Lunatic asylums Burma 1907-21 - 1907-1921
Year: 1907
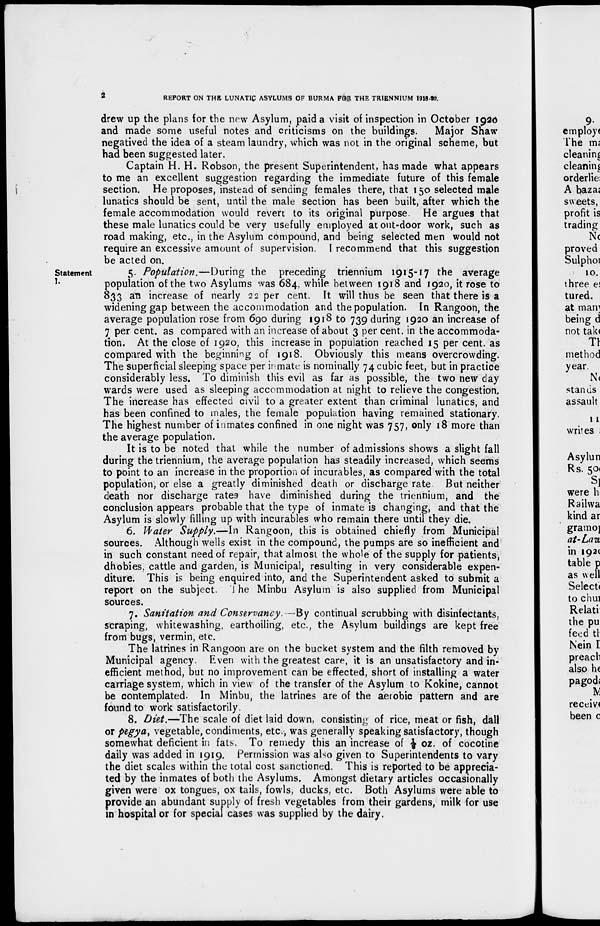
2
REPORT ON THE LUNATIC ASYLUMS OF BURMA FOR THE TRIENNIUM 1918-20.
drew up the plans for the new Asylum, paid a visit of inspection in October 1920
and made some useful notes and criticisms on the buildings.
Major Shaw
negatived the idea of a steam laundry, which was not in the original scheme, but
had been suggested later.
Captain H. H. Robson, the present Superintendent, has made what appears
to me an excellent suggestion regarding the immediate future of this female
section. He proposes, instead of sending females there, that 150 selected male
lunatics should be sent, until the male section has been built, after which the
female accommodation would revert to its original purpose. He argues that
these male lunatics could be very usefully employed at out-door work, such as
road making, etc., in the Asylum compound, and being selected men would not
require an excessive amount of supervision. I recommend that this suggestion
be acted on.
Statement
I.
5. Population.—During the preceding triennium 1915-17 the average
population of the two Asylums was 684, while between 1918 and 1920, it rose to
833 an increase of nearly 22 per cent. It will thus be seen that there is a
widening gap between the accommodation and the population. In Rangoon, the
average population rose from 690 during 1918 to 739 during 1920 an increase of
7 per cent. as compared with an increase of about 3 per cent. in the accommoda-
tion. At the close of 1920, this increase in population reached 15 per cent. as
compared with the beginning of 1918. Obviously this means overcrowding.
The superficial sleeping space per inmate is nominally 74 cubic feet, but in practice
considerably less. To diminish this evil as far as possible, the two new day
wards were used as sleeping accommodation at night to relieve the congestion.
The increase has effected civil to a greater extent than criminal lunatics, and
has been confined to males, the female population having remained stationary.
The highest number of inmates confined in one night was 757, only 18 more than
the average population.
It is to be noted that while the number of admissions shows a slight fall
during the triennium, the average population has steadily increased, which seems
to point to an increase in the proportion of incurables, as compared with the total
population, or else a greatly diminished death or discharge rate But neither
death nor discharge rates have diminished during the triennium, and the
conclusion appears probable that the type of inmate is changing, and that the
Asylum is slowly filling up with incurables who remain there until they die.
6. Water Supply.—In Rangoon, this is obtained chiefly from Municipal
sources. Although wells exist in the compound, the pumps are so inefficient and
in such constant need of repair, that almost the whole of the supply for patients,
dhobies, cattle and garden, is Municipal, resulting in very considerable expen-
diture. This is being enquired into, and the Superintendent asked to submit a
report on the subject. The Minbu Asylum is also supplied from Municipal
sources.
7. Sanitation and Conservancy. —By continual scrubbing with disinfectants,
scraping, whitewashing, earthoiling, etc., the Asylum buildings are kept free
from bugs, vermin, etc.
The latrines in Rangoon are on the bucket system and the filth removed by
Municipal agency. Even with the greatest care, it is an unsatisfactory and in-
efficient method, but no improvement can be effected, short of installing a water
carriage system, which in view of the transfer of the Asylum to Kokine, cannot
be contemplated. In Minbu, the latrines are of the aerobic pattern and are
found to work satisfactorily.
8. Diet.—The scale of diet laid down, consisting of rice, meat or fish, dall
or pegya, vegetable, condiments, etc., was generally speaking satisfactory, though
somewhat deficient in fats. To remedy this an increase of ½ oz. of cocotine
daily was added in 1919. Permission was also given to Superintendents to vary
the diet scales within the total cost sanctioned. This is reported to be apprecia-
ted by the inmates of both the Asylums. Amongst dietary articles occasionally
given were ox tongues, ox tails, fowls, ducks, etc. Both Asylums were able to
provide an abundant supply of fresh vegetables from their gardens, milk for use
in hospital or for special cases was supplied by the dairy.